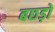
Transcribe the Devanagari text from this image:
बछड़ो